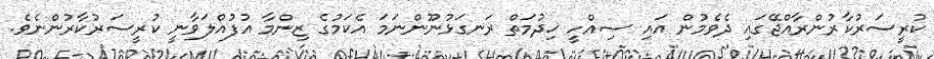
ކުރީސަރުކާރުންރާއްޖޭގައި ދެވެމުން އައި ޞިއްހީ ޚިދުމަތް ރަނގަޅުނޫންނަމަ އެކަމުގެ ޒިންމާ އުފުއްލަވާނީ ކުރީސަރުކާރުންނެވެ.